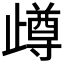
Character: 𣦝